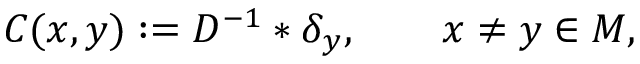
C ( x , y ) : = D ^ { - 1 } * \delta _ { y } , \qquad x \neq y \in M ,